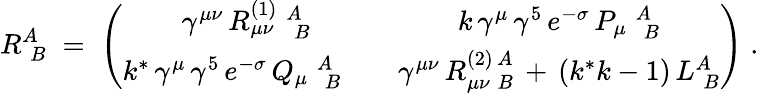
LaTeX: R_{\; B}^{A}\; =\; \left(\begin{array}{cc}{{\gamma^{\mu\nu}\, R_{\mu\nu}^{(1)}\; _{\; B}^{A}}}&{{k\, \gamma^{\mu}\, \gamma^{5}\, e^{-\sigma}\, P_{\mu}\; _{\; B}^{A}}}\\ {{k^{*}\, \gamma^{\mu}\, \gamma^{5}\, e^{-\sigma}\, Q_{\mu}\; _{\; B}^{A}\quad}}&{{\gamma^{\mu\nu}\, R_{\mu\nu\; B}^{(2)\, A}\, +\, (k^{*}k-1)\, L_{\; B}^{A}}}\end{array}\right)\; .